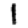
Digit: 1